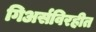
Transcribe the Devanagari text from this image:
गिअर्सविरहीत